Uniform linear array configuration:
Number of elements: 24
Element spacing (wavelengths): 1
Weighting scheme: cosine
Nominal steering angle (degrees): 45
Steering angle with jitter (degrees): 46.12
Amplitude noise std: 0.05
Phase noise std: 0.05

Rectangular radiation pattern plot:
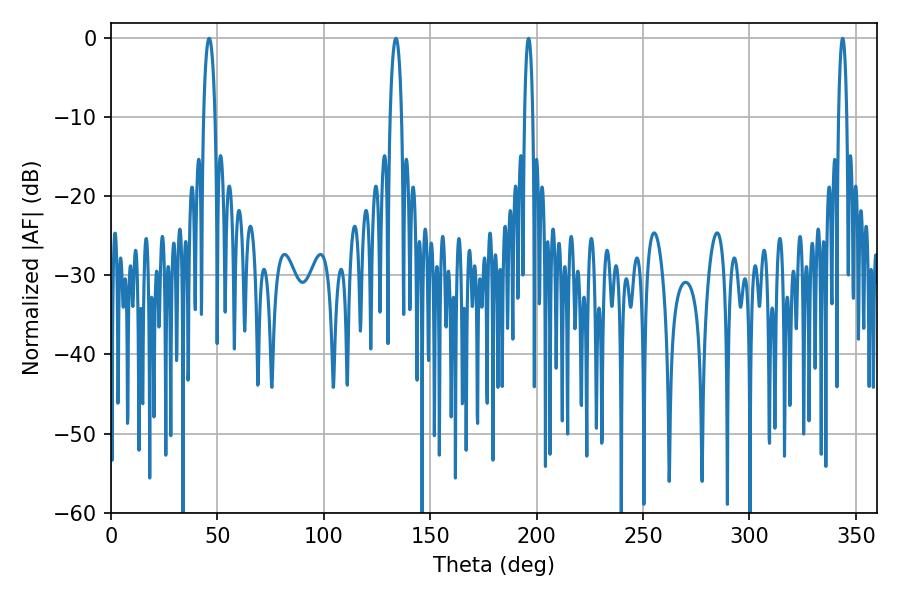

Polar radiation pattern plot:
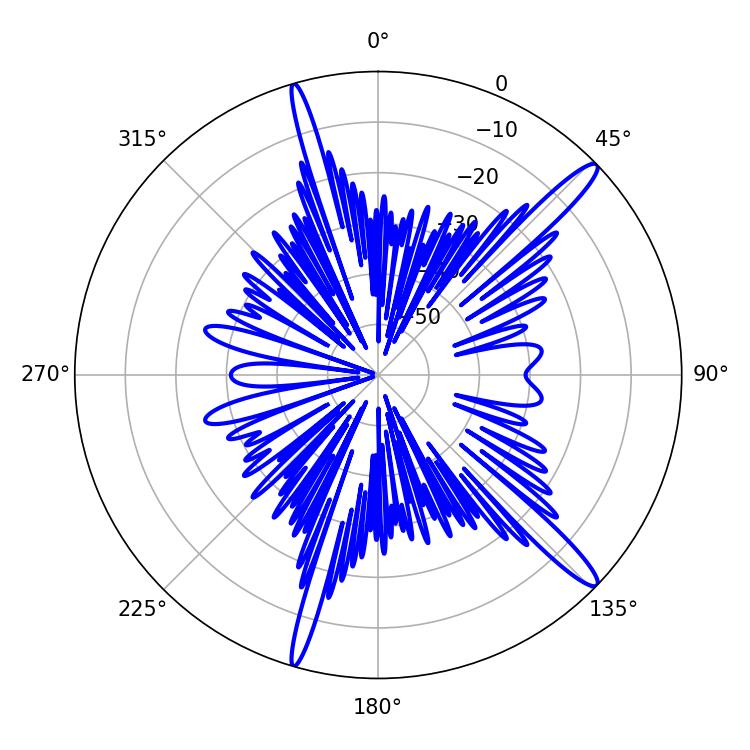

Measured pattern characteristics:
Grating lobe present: TRUE
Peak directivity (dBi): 15.066
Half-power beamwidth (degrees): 2.16
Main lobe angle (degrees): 196.2